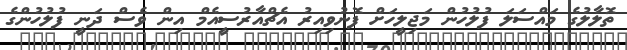
ތޮލާލުގެ މައްސަލަ ފުލުހުން މަޖިލީހަށް ފޮނުވިއިރު އެޗްއާރުސީއެމް އިން ވެސް ދަނީ ފުލުހުންގެ